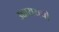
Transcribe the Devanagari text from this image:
उच्चारायची